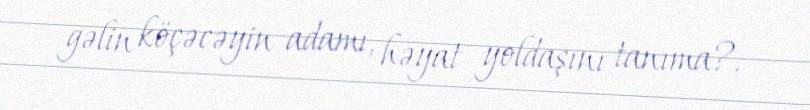
gəlin köçəcəyin adamı, həyat yoldaşını tanıma?.